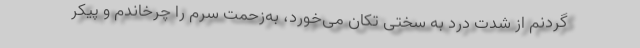
گردنم از شدت درد به سختی تکان می‌خورد، به‌زحمت سرم را چرخاندم و پیکر